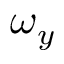
\omega _ { y }